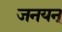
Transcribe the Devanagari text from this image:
जनयन्